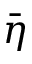
\bar { \eta }